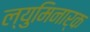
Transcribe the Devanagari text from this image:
ल्युमिनार्क